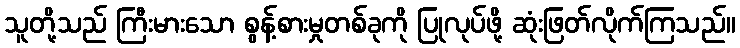
သူတို့သည် ကြီးမားသော စွန့်စားမှုတစ်ခုကို ပြုလုပ်ဖို့ ဆုံးဖြတ်လိုက်ကြသည်။